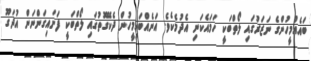
ބައެއްމީހުންގެ ނަޒަރުގައި ލޯތްބަކީ ހަމައެކަނި އެދުމެކެވެ. އަނެއްބައިމީހުން ދެކޭގޮތުގައި ލޯތްބަކީ ފަށައިގަންނަން އުދަގޫ